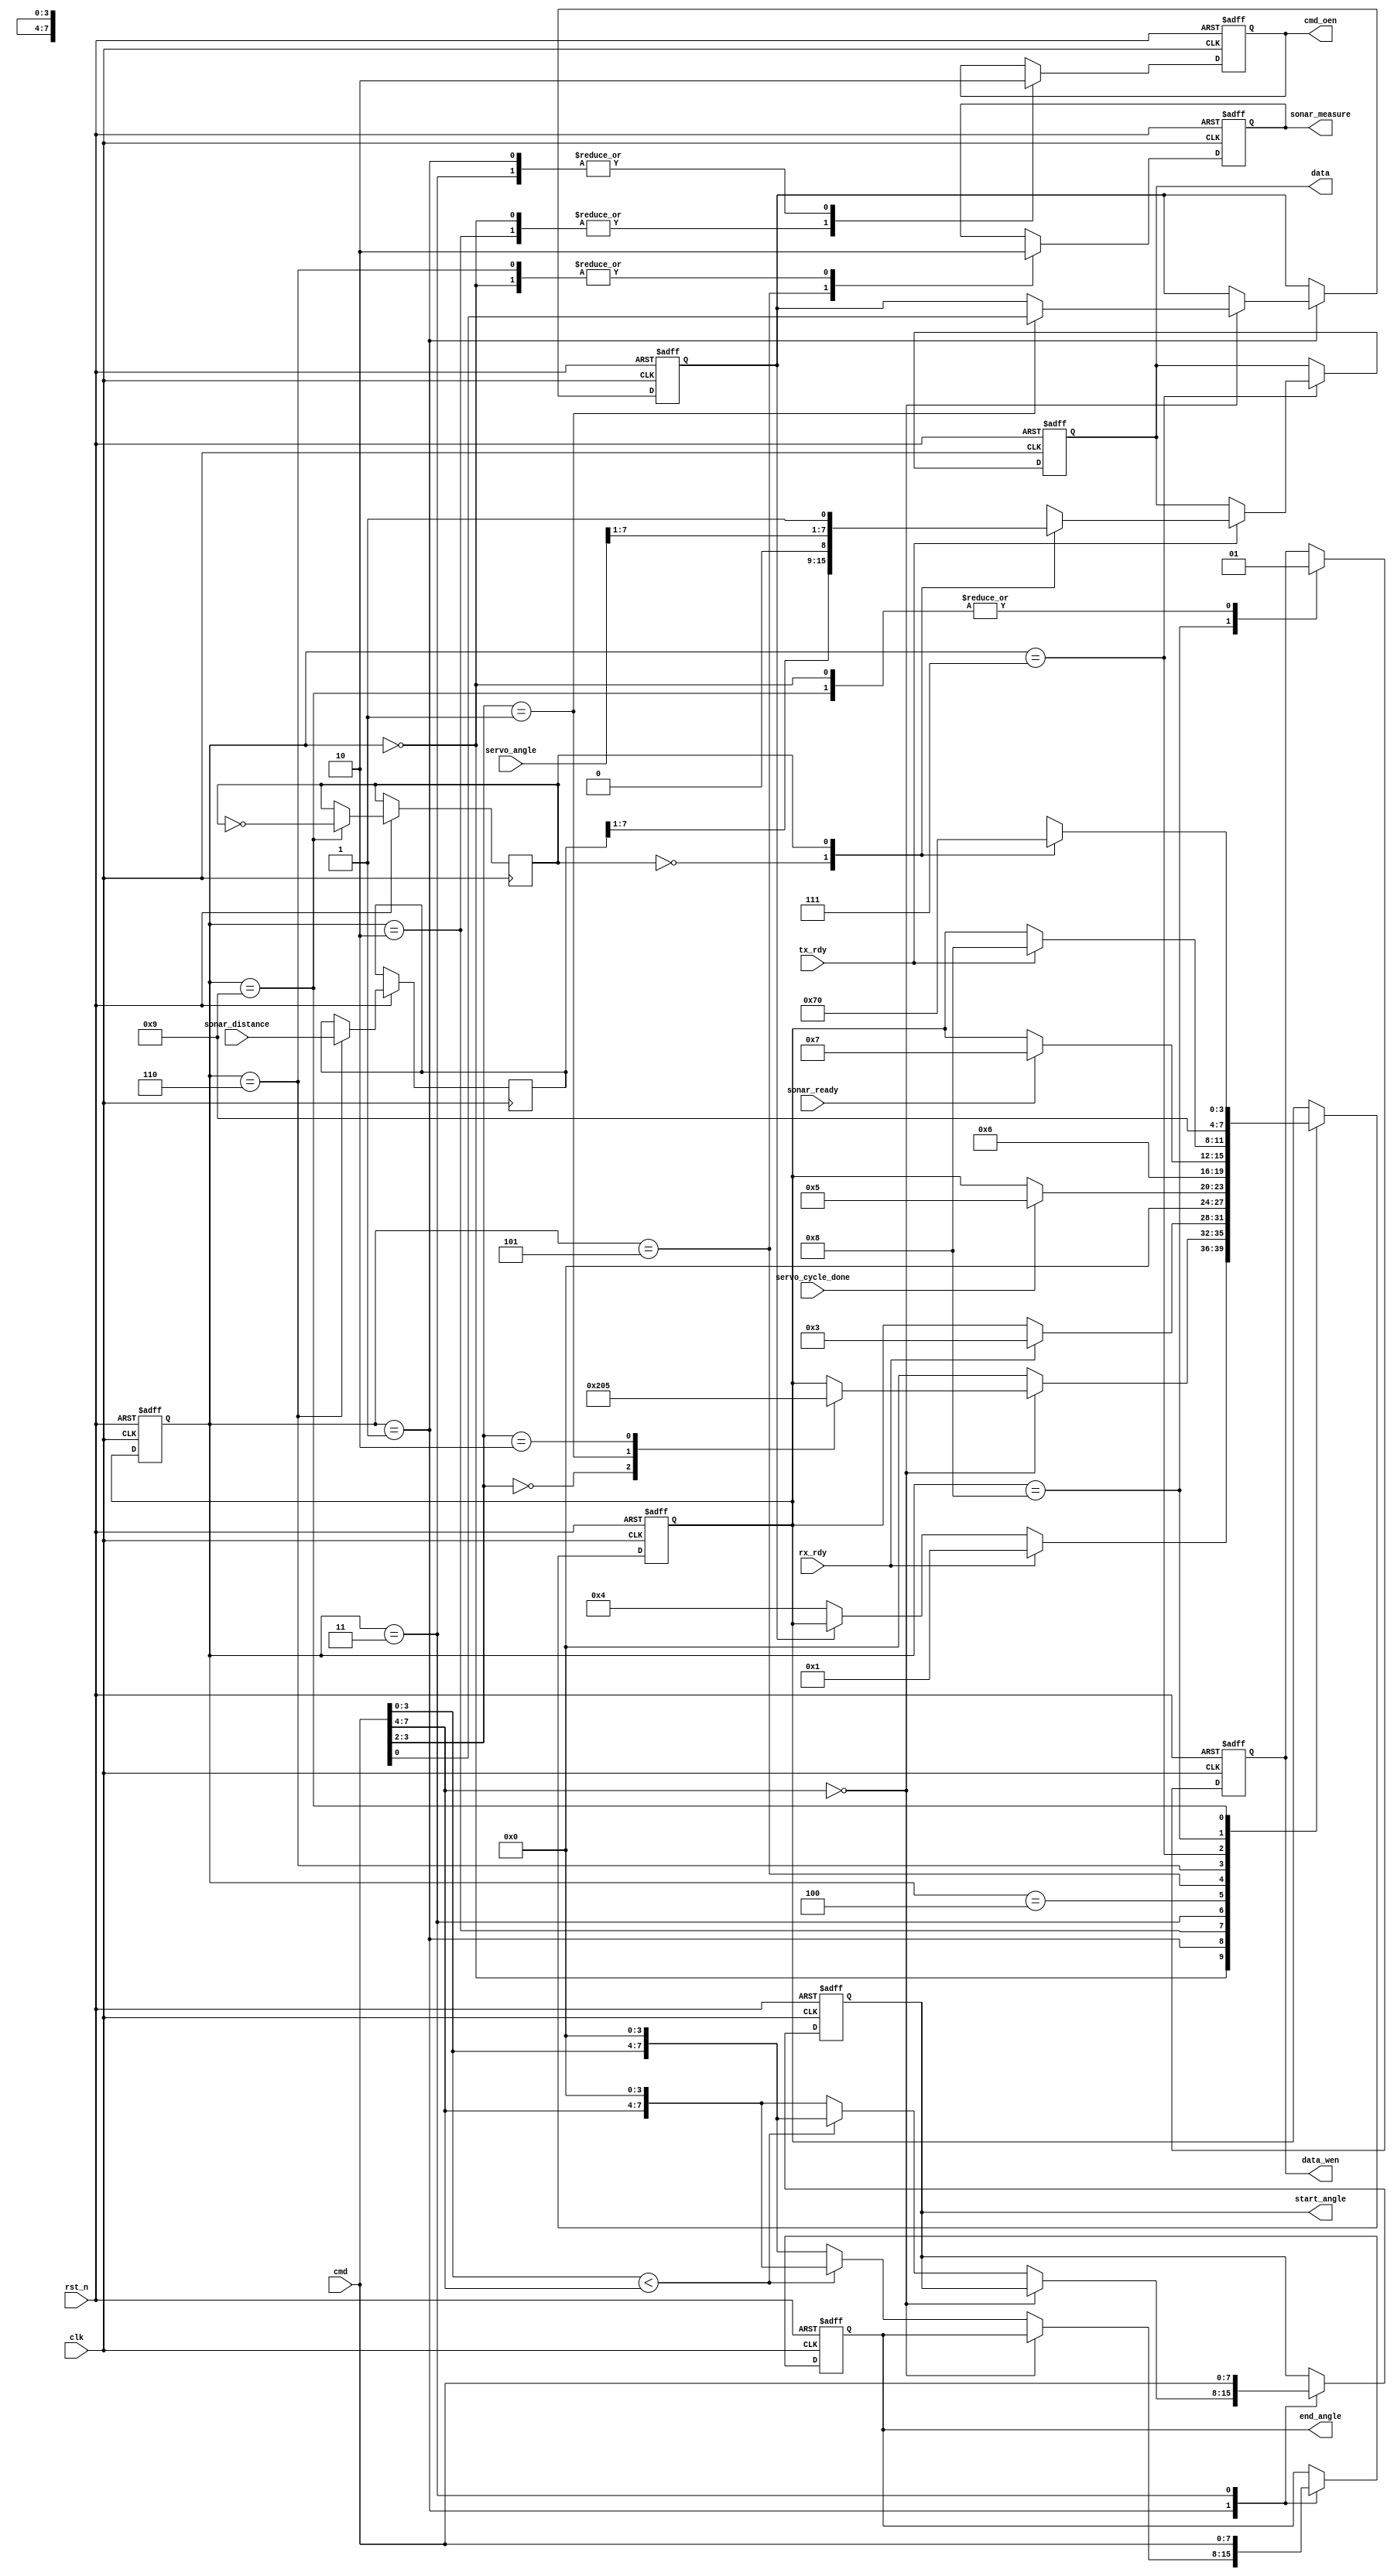
module control_unit (
        input   wire        clk,
        input   wire        rst_n,
        input   wire[7:0]   cmd,
        input   wire        rx_rdy,
        input   wire        tx_rdy,
        output  reg         cmd_oen     = 1,
        output  reg         data_wen    = 1,
        output  reg[7:0]    data        = 0,
        input   wire[7:0]   servo_angle, 
        output  reg[7:0]    start_angle, 
        output  reg[7:0]    end_angle,
        input   wire        servo_cycle_done,
        input   wire        sonar_ready,
        input   wire[7:0]   sonar_distance,
        output  reg         sonar_measure = 0
    );
    reg[7:0] distance = 0;
    parameter AUTO_MODE     = 1'b0;
    parameter MANUAL_MODE   = 1'b1;
    reg       mode          = AUTO_MODE;
    parameter IDLE            = 4'h0;
    parameter FETCH_CMD       = 4'h1;
    parameter FETCH_DATA_PRE  = 4'h2;
    parameter FETCH_DATA      = 4'h3;
    parameter WAIT_SERVO_DONE = 4'h4;
    parameter START_MEASURE   = 4'h5;
    parameter MEASURE         = 4'h6;
    parameter WAIT_TX_RDY     = 4'h7;
    parameter SEND_DATA       = 4'h8;
    parameter SEND_DATA_POST  = 4'h9;
    reg[3:0]  state      = IDLE;
    reg[3:0]  next_state = IDLE;
    reg       send_data_type = 0; 
    parameter MANUAL_CMD    = 4'h0;
    parameter SET_ANGLE_CMD = 2'h0;
    parameter SET_MODE_CMD  = 2'h1;
    parameter MEASURE_CMD   = 2'h2;
    always @(posedge clk or negedge rst_n) begin
        if (~rst_n) begin
            state = IDLE;
        end else begin
            state = next_state;
        end
    end
    always @(posedge clk or negedge rst_n) begin
        if (~rst_n) begin
            next_state    = IDLE;
        end else begin
            case(state)
                IDLE: begin
                    if (rx_rdy) begin
                        next_state = FETCH_CMD;
                    end else if (mode == AUTO_MODE) begin    
                        next_state = WAIT_SERVO_DONE;
                    end
                end
                FETCH_CMD: begin
                    case (cmd[7:4])
                        MANUAL_CMD: begin 
                            case (cmd[3:2])
                                SET_ANGLE_CMD: begin
                                    next_state = FETCH_DATA_PRE;
                                end
                                SET_MODE_CMD: begin
                                    next_state = IDLE;
                                end
                                MEASURE_CMD: begin
                                    next_state = START_MEASURE;
                                end
                            endcase 
                        end
                        default: begin 
                            next_state = IDLE;
                        end
                    endcase 
                end
                FETCH_DATA_PRE: begin
                    if (rx_rdy) begin
                        next_state = FETCH_DATA;
                    end
                end
                FETCH_DATA: begin
                    next_state = IDLE;
                end
                WAIT_SERVO_DONE: begin
                    if (servo_cycle_done) begin
                        next_state = START_MEASURE;
                    end
                end
                START_MEASURE: begin
                    next_state = MEASURE;
                end
                MEASURE: begin
                    if (sonar_ready) begin
                        next_state = WAIT_TX_RDY;
                    end
                end
                WAIT_TX_RDY: begin
                    if (tx_rdy) begin
                        next_state = SEND_DATA;
                    end
                end
                SEND_DATA: begin
                    next_state = SEND_DATA_POST;
                end
                SEND_DATA_POST: begin
                    case(send_data_type)
                        0: next_state = WAIT_TX_RDY;
                        1: next_state = IDLE;
                    endcase
                end
            endcase 
        end
    end
    always @(posedge clk or negedge rst_n) begin
        if (~rst_n) begin
            mode          = AUTO_MODE;
            cmd_oen       = 1;
            data_wen      = 1;
            data          = 0;
            sonar_measure = 0;
            start_angle   = 8'h00;
            end_angle     = 8'hFE;
        end else begin
            case(state)
                IDLE: begin
                    cmd_oen       = 1;
                    data_wen      = 1;
                    sonar_measure = 0;
                end
                FETCH_CMD: begin
                    cmd_oen = 0;
                    case (cmd[7:4])
                        MANUAL_CMD: begin 
                            case (cmd[3:2])
                                SET_MODE_CMD: begin
                                    mode = cmd[0];
                                end
                            endcase 
                        end
                        default: begin 
                            if (cmd[3:0] < cmd[7:4]) begin
                                start_angle = {cmd[3:0], 4'h0};
                                end_angle   = {cmd[7:4], 4'h0};
                            end else begin
                                start_angle = {cmd[7:4], 4'h0};
                                end_angle   = {cmd[3:0], 4'h0};
                            end
                        end
                    endcase 
                end
                FETCH_DATA_PRE: begin
                    cmd_oen = 1;
                end
                FETCH_DATA: begin
                    start_angle = cmd;
                    end_angle   = cmd;
                    cmd_oen     = 0;
                end
                WAIT_SERVO_DONE: begin
                end
                START_MEASURE: begin
                    sonar_measure = 1; 
                end
                MEASURE: begin
                    sonar_measure = 0;
                    distance      = sonar_distance;
                end
                WAIT_TX_RDY: begin
                    if (tx_rdy) begin
                        case(send_data_type)
                            0: data     = {distance[7:1], 1'b0};    
                            1: data     = {servo_angle[7:1], 1'b1}; 
                        endcase
                    end
                end
                SEND_DATA: begin
                    data_wen = 0;
                end
                SEND_DATA_POST: begin
                    data_wen       = 1;
                    send_data_type = !send_data_type;
                end
            endcase
        end
    end
endmodule